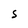
Character: s